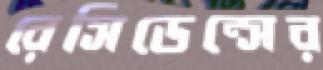
রেসিডেন্সের